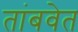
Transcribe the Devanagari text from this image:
तांबवेत